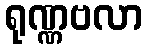
ရုဏ္ဏဗလာ